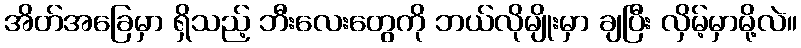
အိတ်အခြေမှာ ရှိသည့် ဘီးလေးတွေကို ဘယ်လိုမျိုးမှာ ချပြီး လှိမ့်မှာမို့လဲ။